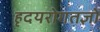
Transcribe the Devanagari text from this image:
हृदयरोगतज्ञों